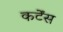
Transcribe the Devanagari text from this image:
कर्टेंस